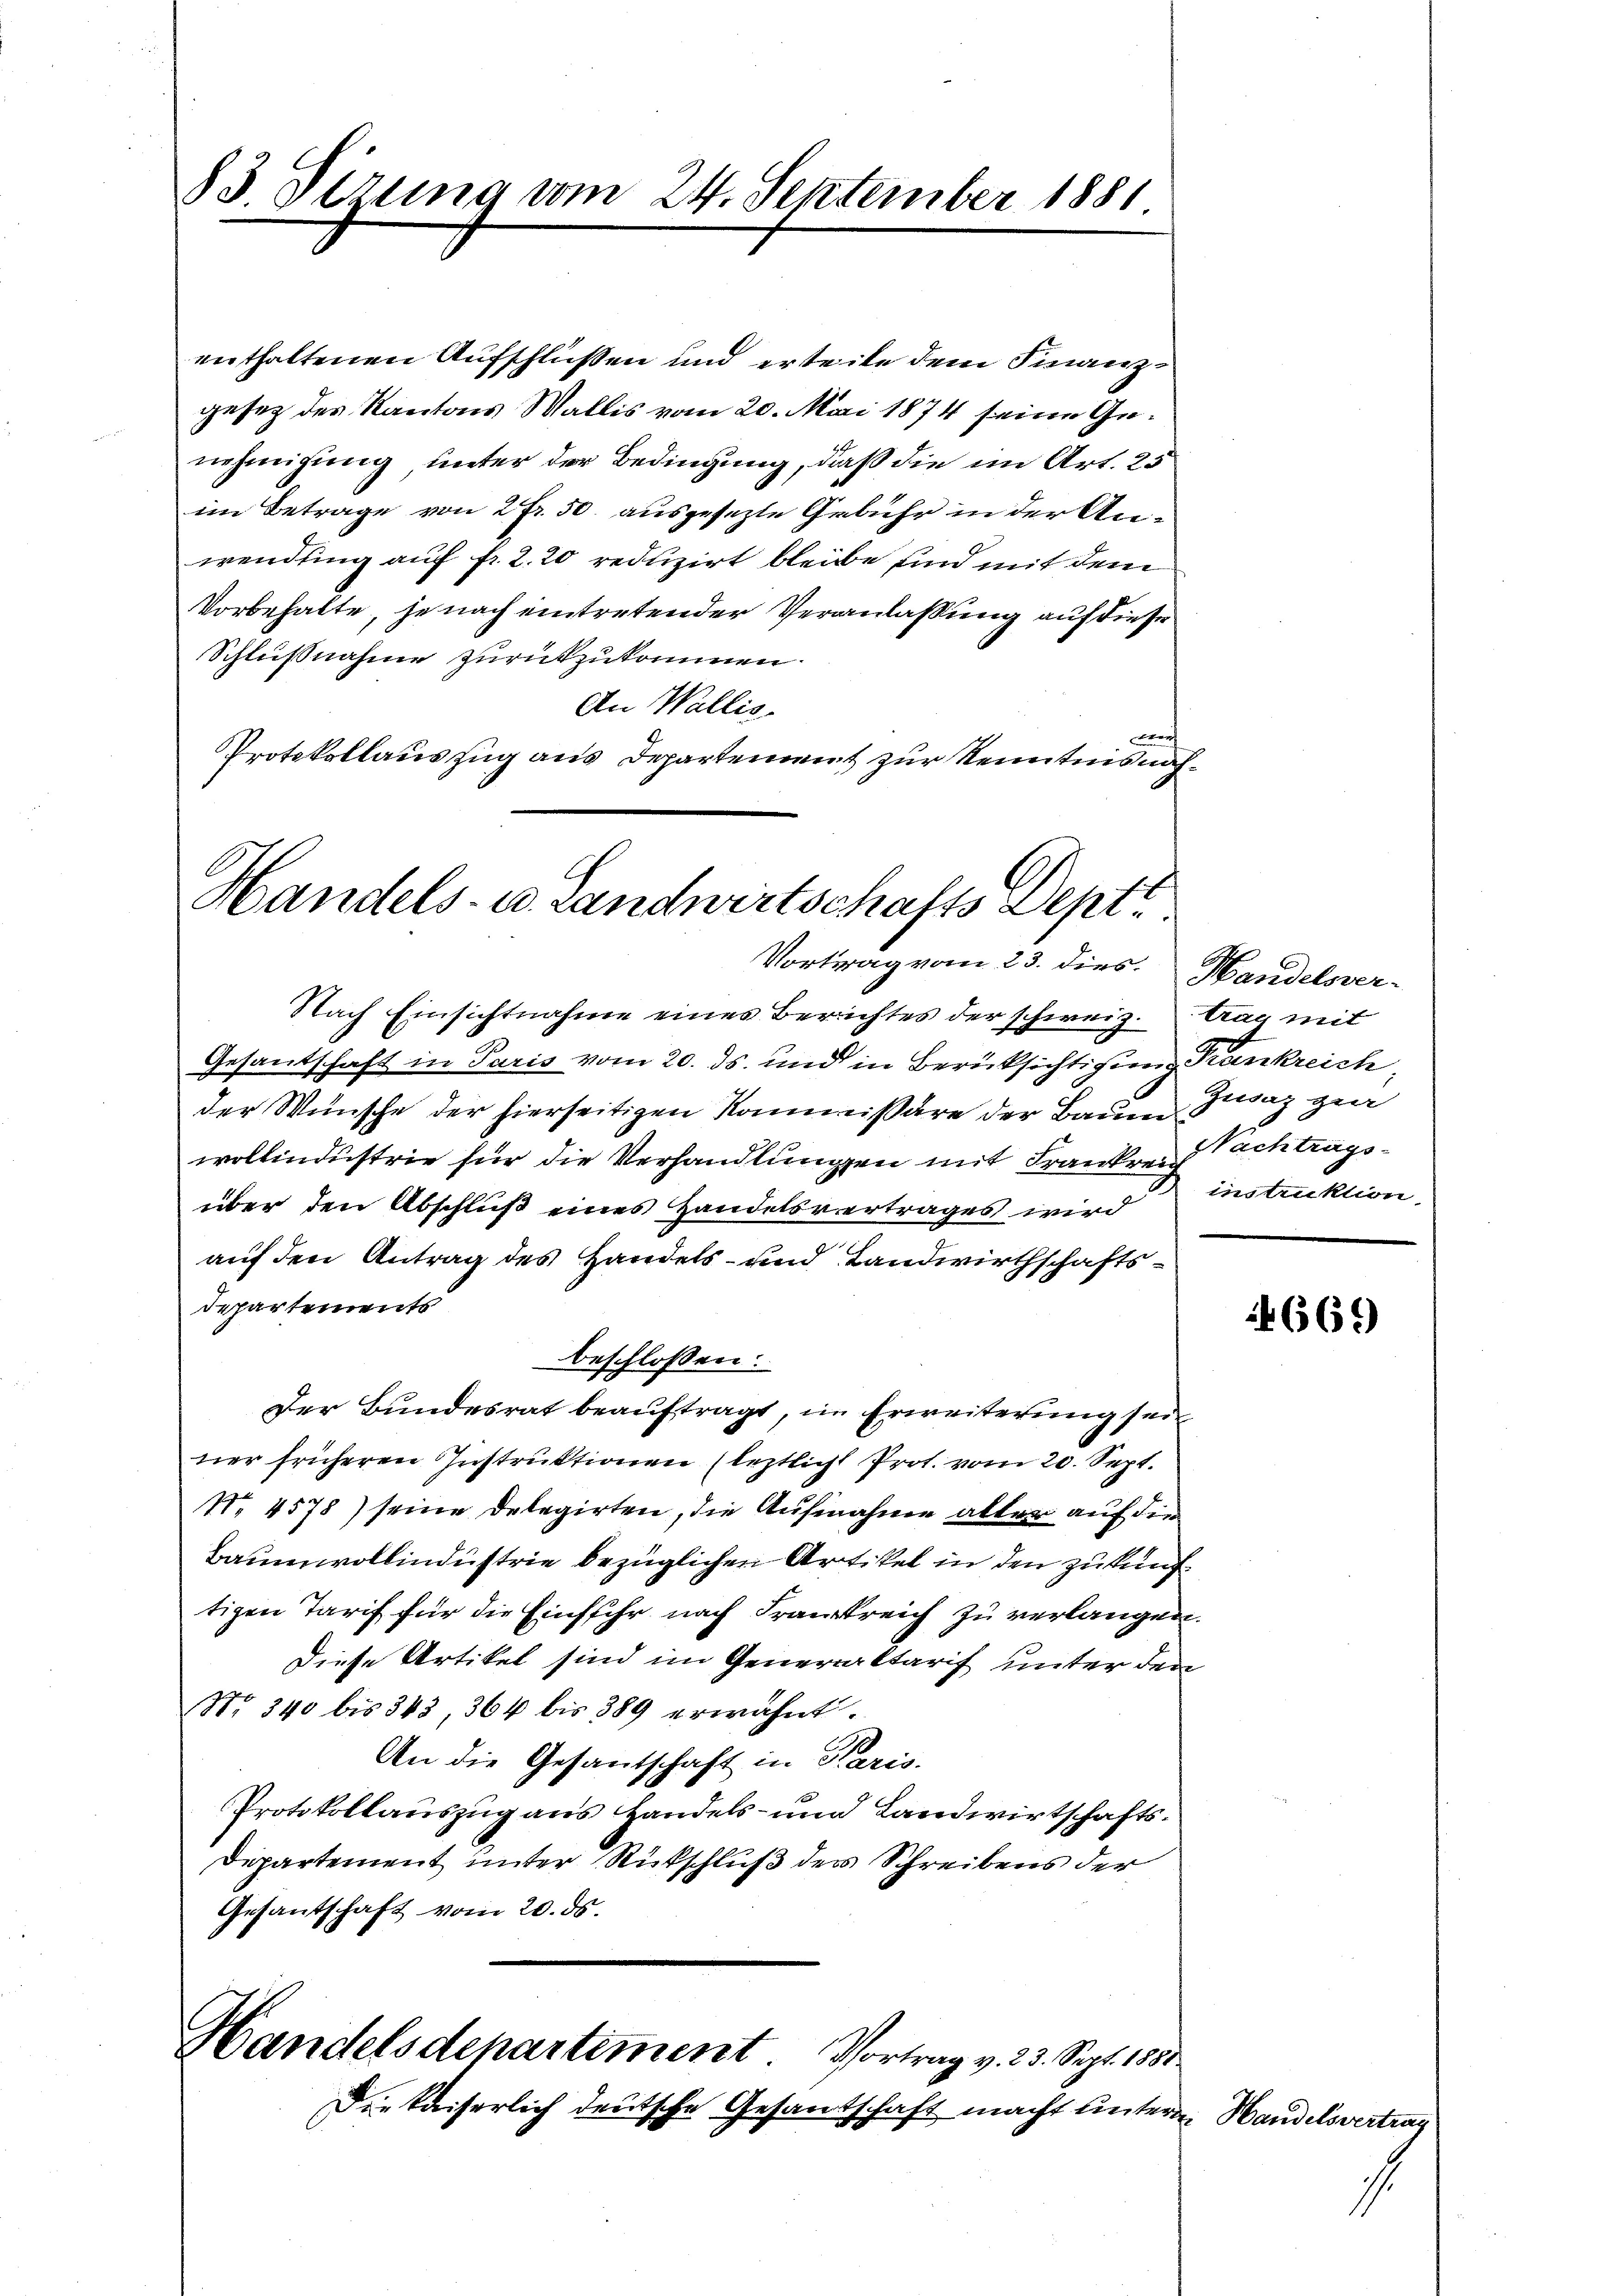
83. Sizung vom 24. September 1881

enthaltenen Aufschlüßen und erteile dem Finanzgesetz des Kantons Wallis vom 20. Mai 1874 seine Genehmigung unter der Bedingung, daß die im Art. 25
im Betrage von 2 Fr. 50. ausgesezte Gebühr in der Anwending auf fr. 2. 20 reduzirt bleibe sind mit dem
Vorbehalte, je nach eintretender Veranlassung auf diese
Schlußnahme zurückzukommen.
An Wallis.
f
Protokollauszug aus Departement zur Kenntnis näch¬

Handels- u. Landwirtschafts Deptt
Vortrag vom 23. dies. Handelsver-

Nach Einsichtnahme eines Berichtes der schweiz. Rag mit
Gesantschaft in Paris vom 20. ds. und in Berücksichtigung Krankreich,
der Wünsche der hierseitigen Kommissäre der Baum
wollindustrie für die Verhandlungen mit Frankreich
über den Abschluß eines Handelsvertrages wird instruktion,
auf den Antrag des Handels- und Landwirthschafts¬
Departements
beschlossen:
Der Bundesrat beauftragt, in Erweiterung sein
ner früheren Instruktionen (letztlich Prot. vom 20. Sept.
No. 4578) seine Delegirten, die Aufnahme alten auf die
Baumwollindustrie bezüglichen Artikel in den Zukunf
tigen Tarif für die Einssehr nach Frankreich zu verlangen.
Diese Artikel sind im Generaltarif unter den
No. 340 bis 343, 364 bis 389 erwähnt.
An die Gesantschaft in Paris.
Protokollauszug aus Handels- und Landwirtschafts¬
Departement unter Rückschluß der Schreibens der
Gesantschaft vom 20. ds.
Handelsdepartement. Vortrag v. 23. Sept. 1881
Die kaiserlich deutsche Gesandschaft macht unterm Handelsvertrag

Zisaz gen
Nachtrags-

669